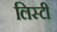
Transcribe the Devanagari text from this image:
लिस्टी